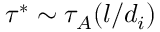
\tau ^ { * } \sim \tau _ { A } ( l / d _ { i } )